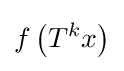
f\left(T^{k}x\right)